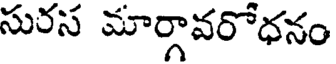
సురస మార్గావరోధనం